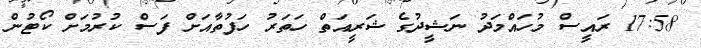
17:58 ރައީސް މުހައްމަދު ނަޝީދުގެ ޝަރީއަތް ހަތަރު ހަފުތާއަށް ފަސް ކުރުމަށް ކޯޓުން